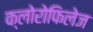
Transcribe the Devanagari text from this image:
क्लोरोफिलेज